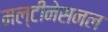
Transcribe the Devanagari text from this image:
मल्टीनेसनल